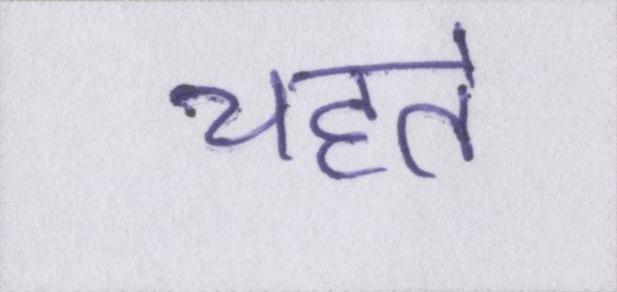
चहेते